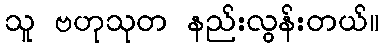
သူ ဗဟုသုတ နည်းလွန်းတယ်။